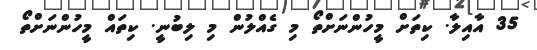
35 އާއިލާ. ކިތަށް މީހުންނަށްތޯ މި ގެއްލުން މި ލިބުނީ. ކިތައް މީހުންނަށްތޯ